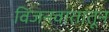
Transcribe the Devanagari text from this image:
विजनवातातून